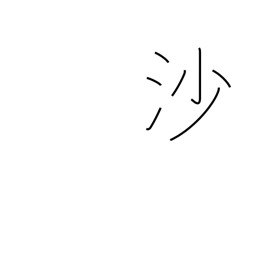
Meaning: sand